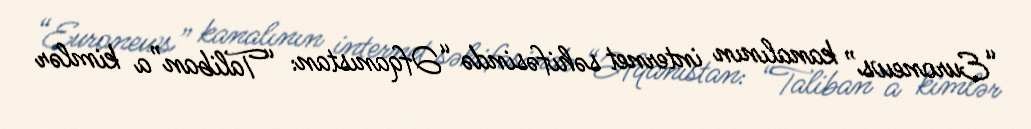
“Euronews” kanalının internet səhifəsində “Əfqanıstan: “Taliban”a kimlər